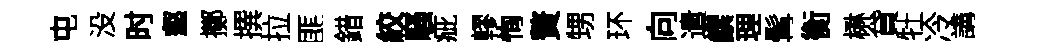
屯没时壑擲撰拉匪錯絞騷疵轇恂贅甥环向遣饌理髯衡楙貸牡冷講